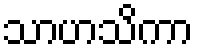
သာဟသိကာ